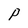
Character: P